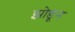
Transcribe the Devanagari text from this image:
झोडून